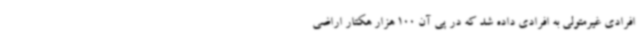
افرادی غیرمتولی به افرادی داده شد که در پی آن 100 هزار هکتار اراضی